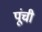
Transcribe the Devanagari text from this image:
पूंची